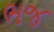
ભજ